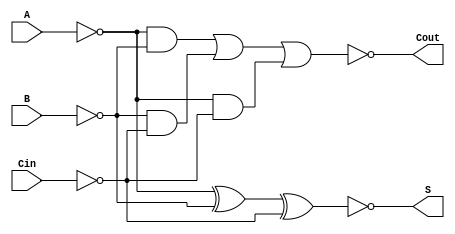
module NegativeCircuitFullAdder (
    input wire A,      // First input bit (active low)
    input wire B,      // Second input bit (active low)
    input wire Cin,    // Carry-in bit (active low)
    output wire S,     // Sum output bit (active low)
    output wire Cout   // Carry-out output bit (active low)
);

    // Internal signals
    wire A_not, B_not, Cin_not;
    wire sum_temp, carry_temp;

    // Invert the inputs to work with active low logic
    not (A_not, A);
    not (B_not, B);
    not (Cin_not, Cin);
    
    // Calculate the sum using XOR gates and then invert for active low
    assign sum_temp = A_not ^ B_not ^ Cin_not; // A  B  Cin
    not (S, sum_temp); // Invert for active low output

    // Calculate the carry-out using AND and OR gates, then invert for active low
    wire AB, BC, AC;
    
    and (AB, A_not, B_not);       // A  B
    and (BC, B_not, Cin_not);     // B  Cin
    and (AC, A_not, Cin_not);     // A  Cin

    wire carry_or_temp;
    or (carry_or_temp, AB, BC, AC); // (A  B) + (B  Cin) + (A  Cin)
    not (Cout, carry_or_temp); // Invert for active low output

endmodule